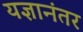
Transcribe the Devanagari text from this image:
यज्ञानंतर